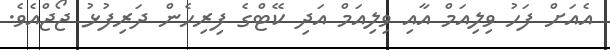
އެއަށް ފަހު ވިލިއަމް އާއި ވިލިއަމް އަދި ކޭޓްގެ ފިރިހެން ދަރިފުޅު ޖޯޖްއެވެ.